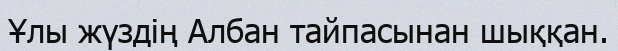
Ұлы жүздің Албан тайпасынан шыққан.